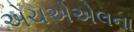
એચએએલના